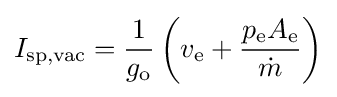
I_{\text{sp,vac}}={\frac {1}{g_{\text{o}}}}\left(v_{\text{e}}+{\frac {p_{\text{e}}A_{\text{e}}}{\dot {m}}}\right)